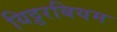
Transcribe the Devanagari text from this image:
यिट्टरबियम